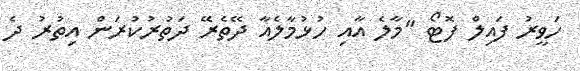
ހަވީރު ފައިލް ފޮޓޯ "މާލެ އާއި ހުޅުމާލެއާ ދޭތެރޭ ދަތުރުކުރަން އިތުރު ދެ